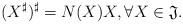
LaTeX: \begin{align*}(X^{\sharp })^{\sharp }=N(X)X,\forall X\in \mathfrak{J}.\end{align*}